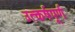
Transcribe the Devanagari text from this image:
उत्कर्षपूर्ण